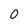
Character: 0